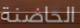
الحاضنة